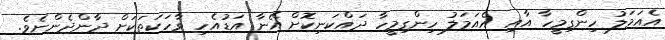
އެއަމަލު ހިންގިމީހާ އާއި އެއަމަލު ހިންގިމީހާ ދައްކަނިކޮށް އޭނާ އަޑުއެހި ވާހަކަތަކަށް ދާންދެންނެވެ.